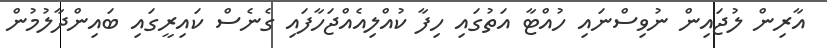
އާރިން ލުޖައިން ނުވިސްނައި ހުއްޓާ އަތުގައި ހިފާ ކުއްލިއެއްޖަހާފައި ގެނެސް ކައިރީގައި ބައިންދާލުމުން